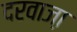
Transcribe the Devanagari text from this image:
दरवाजा़